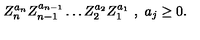
Z _ { n } ^ { a _ { n } } Z _ { n - 1 } ^ { a _ { n - 1 } } \ldots Z _ { 2 } ^ { a _ { 2 } } Z _ { 1 } ^ { a _ { 1 } } \ , \ a _ { j } \geq 0 .